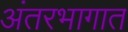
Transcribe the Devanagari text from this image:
अंतरभागात